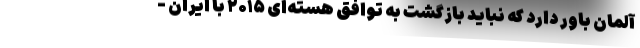
آلمان باور دارد که نباید بازگشت به توافق هسته‌ای ۲۰۱۵ با ایران -